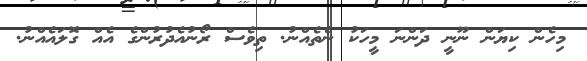
މިހެން ކިޔަން ނޫނީ ދަންނަ މީހަކު ނެތެއްނު. ތިވެސް ރޯނުއެދުރުންގެ އެއް ގޮލައެއްނު.